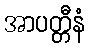
အာပတ္တီနံ